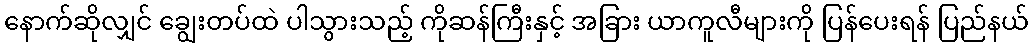
နောက်ဆိုလျှင် ချွေးတပ်ထဲ ပါသွားသည့် ကိုဆန်ကြီးနှင့် အခြား ယာကူလီများကို ပြန်ပေးရန် ပြည်နယ်